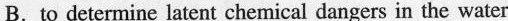
B. to determine latent chemical dangers in the water